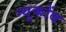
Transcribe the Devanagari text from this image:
न्यूकोंब